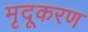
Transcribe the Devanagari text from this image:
मृदूकरण